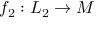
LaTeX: f _ { 2 } : L _ { 2 } \to M